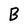
Character: B